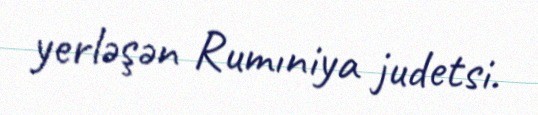
yerləşən Rumıniya judetsi.